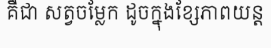
គឺជា សត្វចម្លែក ដូចក្នុងខ្សែភាពយន្ត